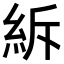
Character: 𥿊